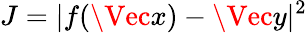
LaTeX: J=|f(\Vec{x})-\Vec{y}|^{2}